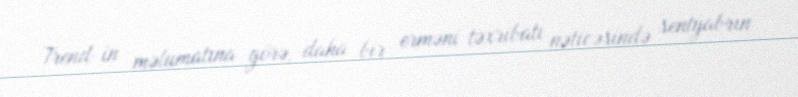
Trend-in məlumatına görə, daha bir erməni təxribatı nəticəsində sentyabrın